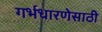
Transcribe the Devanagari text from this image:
गर्भधारणेसाठी